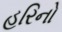
હરિનો